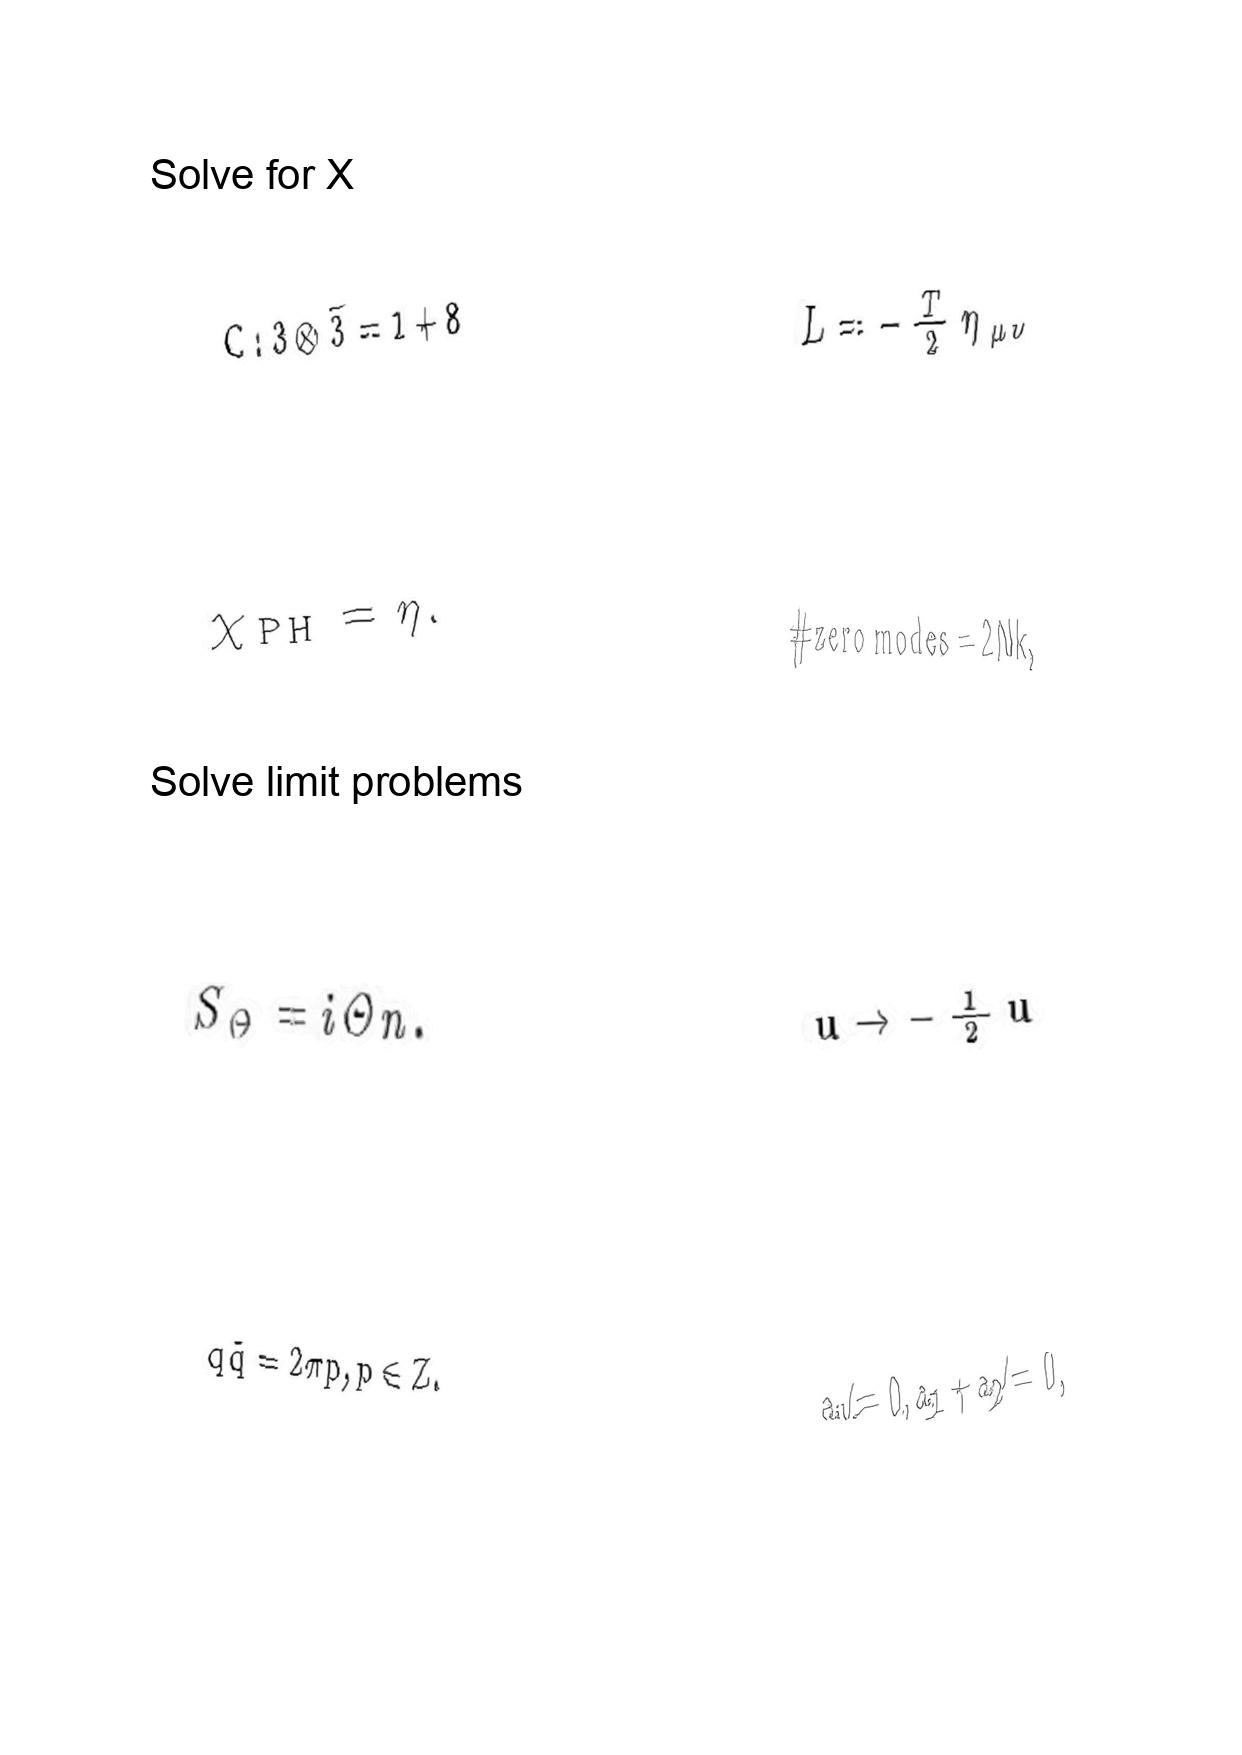
LaTeX transcription:
C : 3 \otimes \bar { 3 } = 1 + 8
\chi _ { \mathrm { P H } } = \eta .
S _ { \Theta } = i \Theta n .
q \tilde { q } = 2 \pi p , p \in Z .
L = - \frac { T } { 2 } \eta _ { \mu \nu }
\# \mathrm { z e r o \space m o d e s } = 2 N k ,
u \rightarrow - \frac { 1 } { 2 } u
a _ { 1 } \neq 0 , a _ { 1 } + a _ { 2 } \neq 0 ,